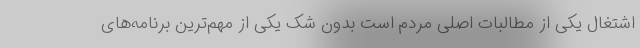
اشتغال یکی از مطالبات اصلی مردم است بدون شک یکی از مهم‌ترین برنامه‌های